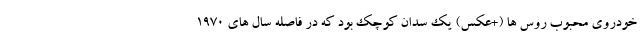
خودروی محبوب روس ها (+عکس) یک سدان کوچک بود که در فاصله سال های 1970